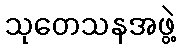
သုတေသနအဖွဲ့